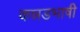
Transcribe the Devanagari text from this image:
कन्नडभाषी